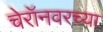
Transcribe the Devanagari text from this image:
चेरॉनवरच्या